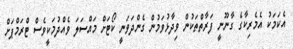
އެކަމަކު އެމެރިކާގެ ގާނޫނީ ފަރާތްތަކުން ވިދާޅުވަމުން ގެންދަވަނީ ކޯޓަށް މައްސަލަ ވެއްދުމަކީވެސް ޓްރަމްޕަށް